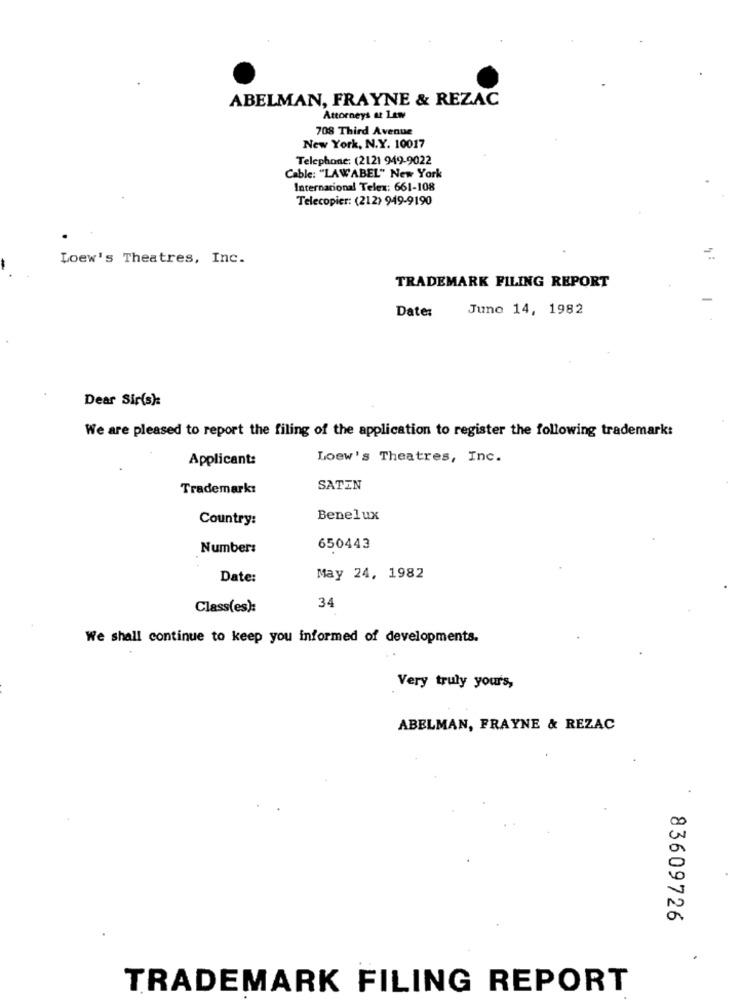
ABELMAN, FRAYNE & REZAC
Attorneys at Law
708 Third Avenue
New York, N.Y. 10017
Telephone: (2121 949-9022
Cable: "LAWABEL" New York
Internacional Telex: 661-108
Telecopier: (212) 949-9190
Loew's Theatres, Inc.
-
TRADEMARK FILING REPORT
Date:
June 14, 1982
Dear Sir(s):
We are pleased to report the filing of the application to register the following trademark:
Applicant:
Loew's Theatres, Inc.
Trademark:
SATIN
Country:
Benelux
Number:
650443
Date:
May 24, 1982
34
Class(es):
We shall continue to keep you informed of developments.
Very truly yours,
ABELMAN, FRAYNE & REZAC
00
a
83609726
TRADEMARK FILING REPORT